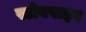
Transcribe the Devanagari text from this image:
स्टोवपाइप